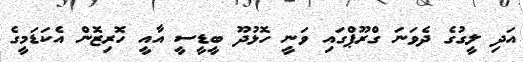
އަދި ލީގުގެ ދެވަނަ ގްރޫޕްގައި ވަނީ ހޮޅުދޫ ބީޑީސީ އާއީ ހޮރިޒޮން އެކަޑަމީގެ